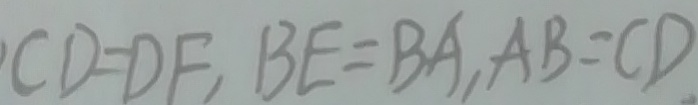
C D = D E , B E = B A , A B = C D